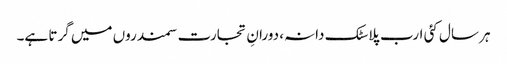
ہر سال کئی ارب پلاسٹک دانہ، دورانِ تجارت سمندروں میں گرتا ہے۔